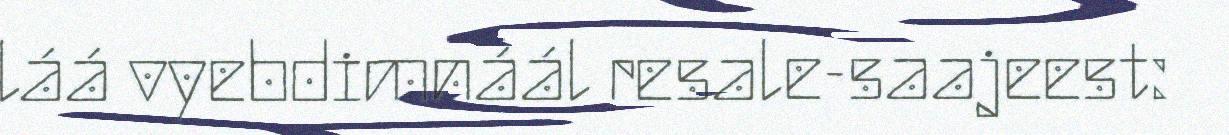
láá vyebdimnáál resale-saajeest: